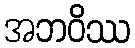
အဘဝိဿ